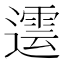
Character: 𨗠